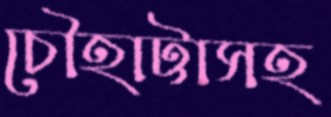
চৌহাট্টাসহ